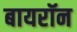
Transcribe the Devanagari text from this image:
बायरॉन